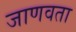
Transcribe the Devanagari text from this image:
जाणवता